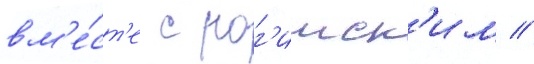
вм'е́ст'е с рог'инск'им //